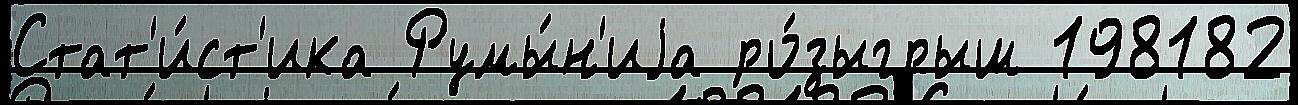
Стат'и́ст'ика Румы́н'иjа ро́зыгрыш 198182